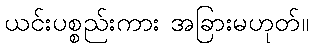
ယင်းပစ္စည်းကား အခြားမဟုတ်။